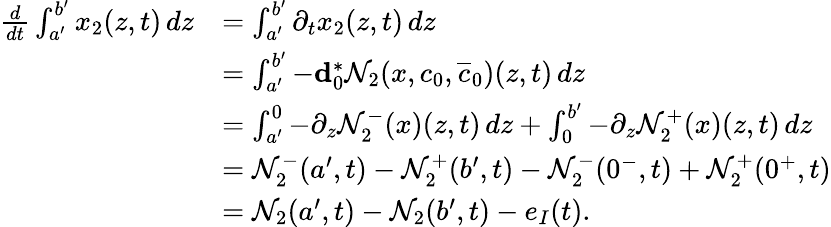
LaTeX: \begin{array}{rl}{\frac{d}{dt}\int_{a^{\prime}}^{b^{\prime}}x_{2}(z,t)\, dz}&{=\int_{a^{\prime}}^{b^{\prime}}\partial_{t}x_{2}(z,t)\, dz}\\ &{=\int_{a^{\prime}}^{b^{\prime}}-\mathbf{d}_{0}^{\ast}\mathcal{N}_{2}(x,c_{0},\overline{{c}}_{0})(z,t)\, dz}\\ &{=\int_{a^{\prime}}^{0}-\partial_{z}\mathcal{N}_{2}^{-}(x)(z,t)\, dz+\int_{0}^{b^{\prime}}-\partial_{z}\mathcal{N}_{2}^{+}(x)(z,t)\, dz}\\ &{=\mathcal{N}_{2}^{-}(a^{\prime},t)-\mathcal{N}_{2}^{+}(b^{\prime},t)-\mathcal{N}_{2}^{-}(0^{-},t)+\mathcal{N}_{2}^{+}(0^{+},t)}\\ &{=\mathcal{N}_{2}(a^{\prime},t)-\mathcal{N}_{2}(b^{\prime},t)-e_{I}(t).}\end{array}